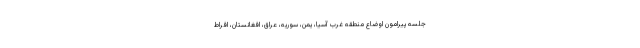
جلسه پیرامون اوضاع منطقه غرب آسیا، یمن، سوریه، عراق، افغانستان، افراط